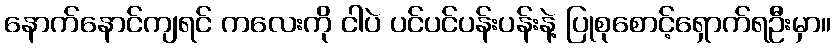
နောက်နောင်ကျရင် ကလေးကို ငါပဲ ပင်ပင်ပန်းပန်းနဲ့ ပြုစုစောင့်ရှောက်ရဦးမှာ။